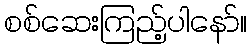
စစ်ဆေးကြည့်ပါနော်။